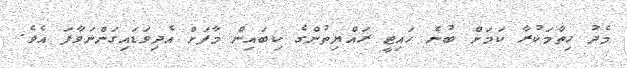
މެދު ހިތާމަކުރާ ކަމަށް ބުނެ ހައިޓީ ރައްޔިތުންގެ ކިބައިން މާފަށް އެދިވަޑައިގަންނަވާފަ އެވެ.